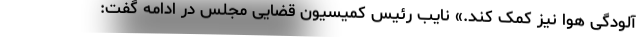
آلودگی هوا نیز کمک کند.» نایب رئیس کمیسیون قضایی مجلس در ادامه گفت: